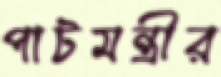
পাটমন্ত্রীর